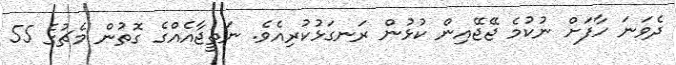
ދެވަނަ ހާފަށް ނުކުމެ ޖޭޖޭއިން ކުޅުން ރަނގަޅުކުރިއެވެ. ނަތީޖާއެއްގެ ގޮތުން މެޗުގެ 55